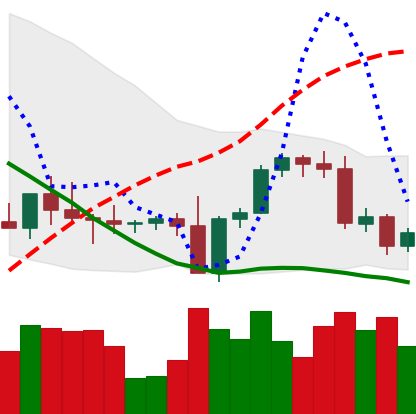
Ticker: BNB-USD
Chart end date: 2022-09-16
Forward return: -3.591%
Label: down_3_5